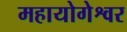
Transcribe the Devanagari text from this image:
महायोगेश्वर